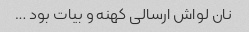
نان لواش ارسالی کهنه و بیات بود …